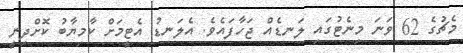
މެޗުގެ 62 ވަނަ މިނެޓުގައި ލަނޑެއް ޖަހާފައެވެ. އެލަނޑު އެޓީމަށް ކާމިޔާބު ކޮށްދިނީ